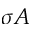
\sigma A